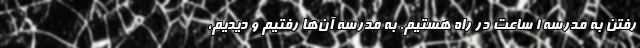
رفتن به مدرسه ۱ ساعت در راه هستیم. به مدرسه آن‌ها رفتیم و دیدیم،